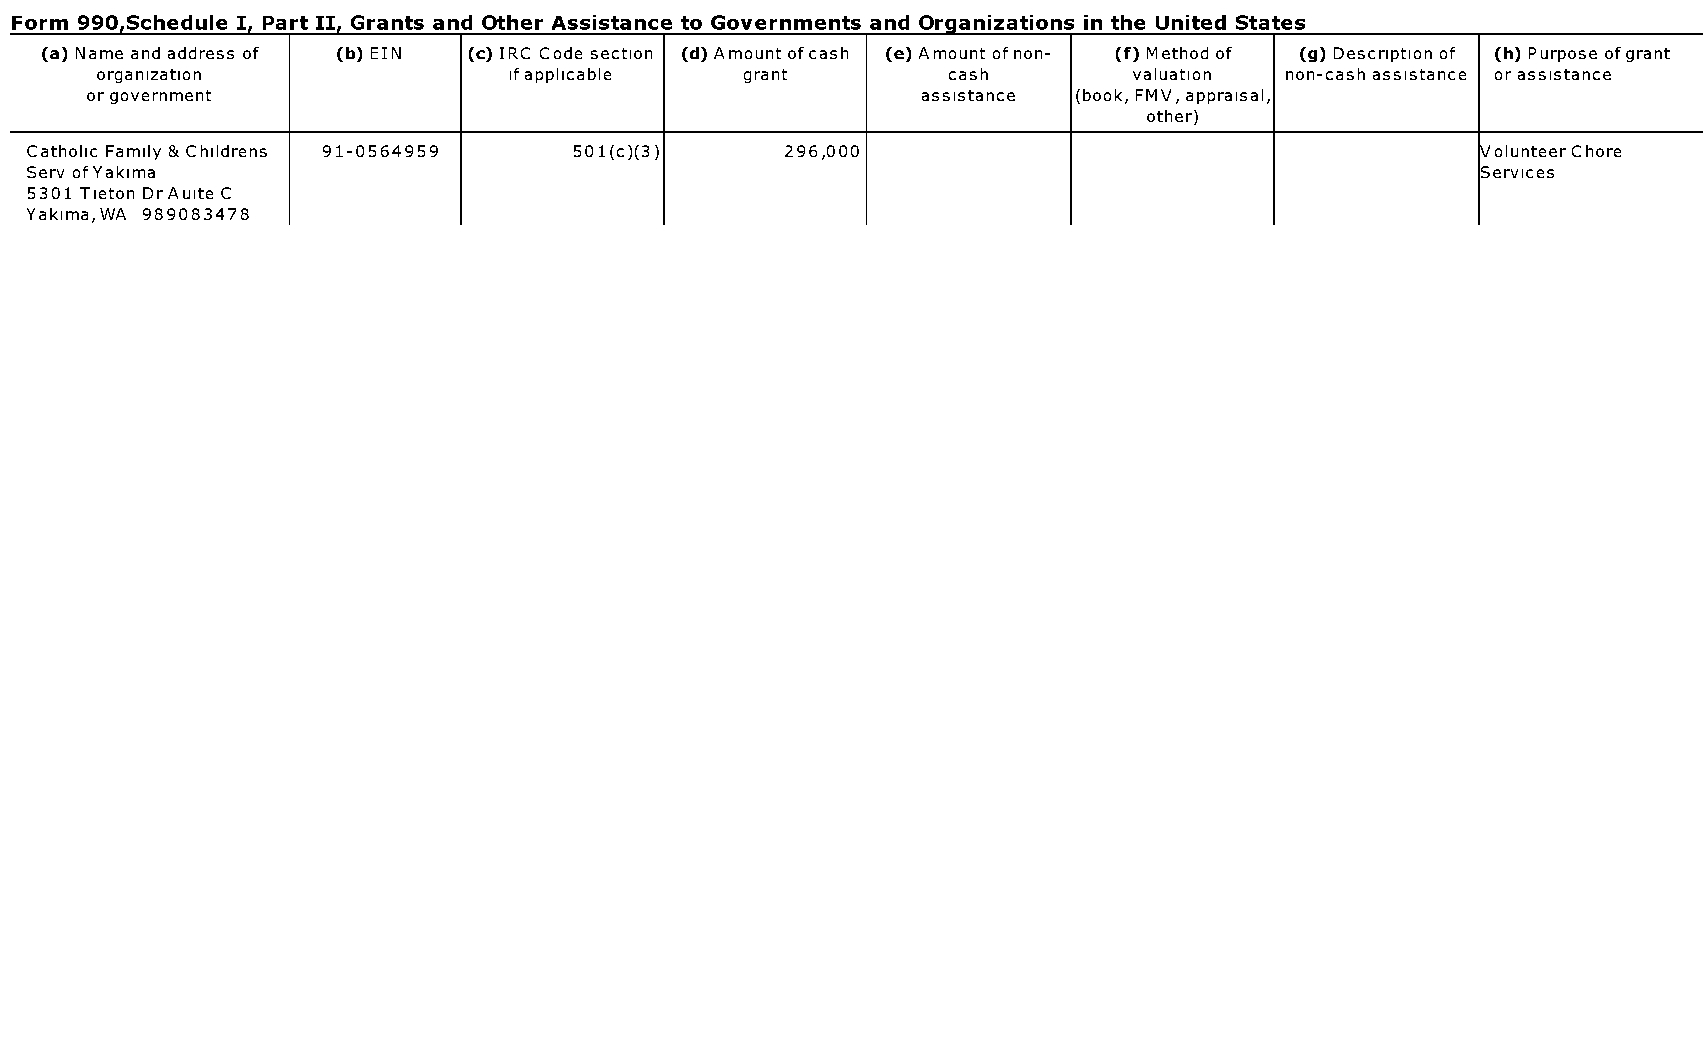
Form 990.Schedule I. Part II. Grants and Other Assistance to Governments and Organizations in the United States
 (a) Name and address of (b) EIN (c) IRC Code section (d) Amount ofcash (e) Amount of non- (f) Method of (g) Description of (h) Purpose ofgrant
 organization                ifapplicable   grant         cash        valuation non-cash assistance or assistance
 or government                                          assistance (book, FMV, appraisal,
 other)
 Catholic Family & Childrens 91-0564959 501(c)(3)  296,000                                        olunteerChore
 Serv ofYakima                                                                                   Services
 5301 Tieton DrAuite C
 Yakima, WA 989083478